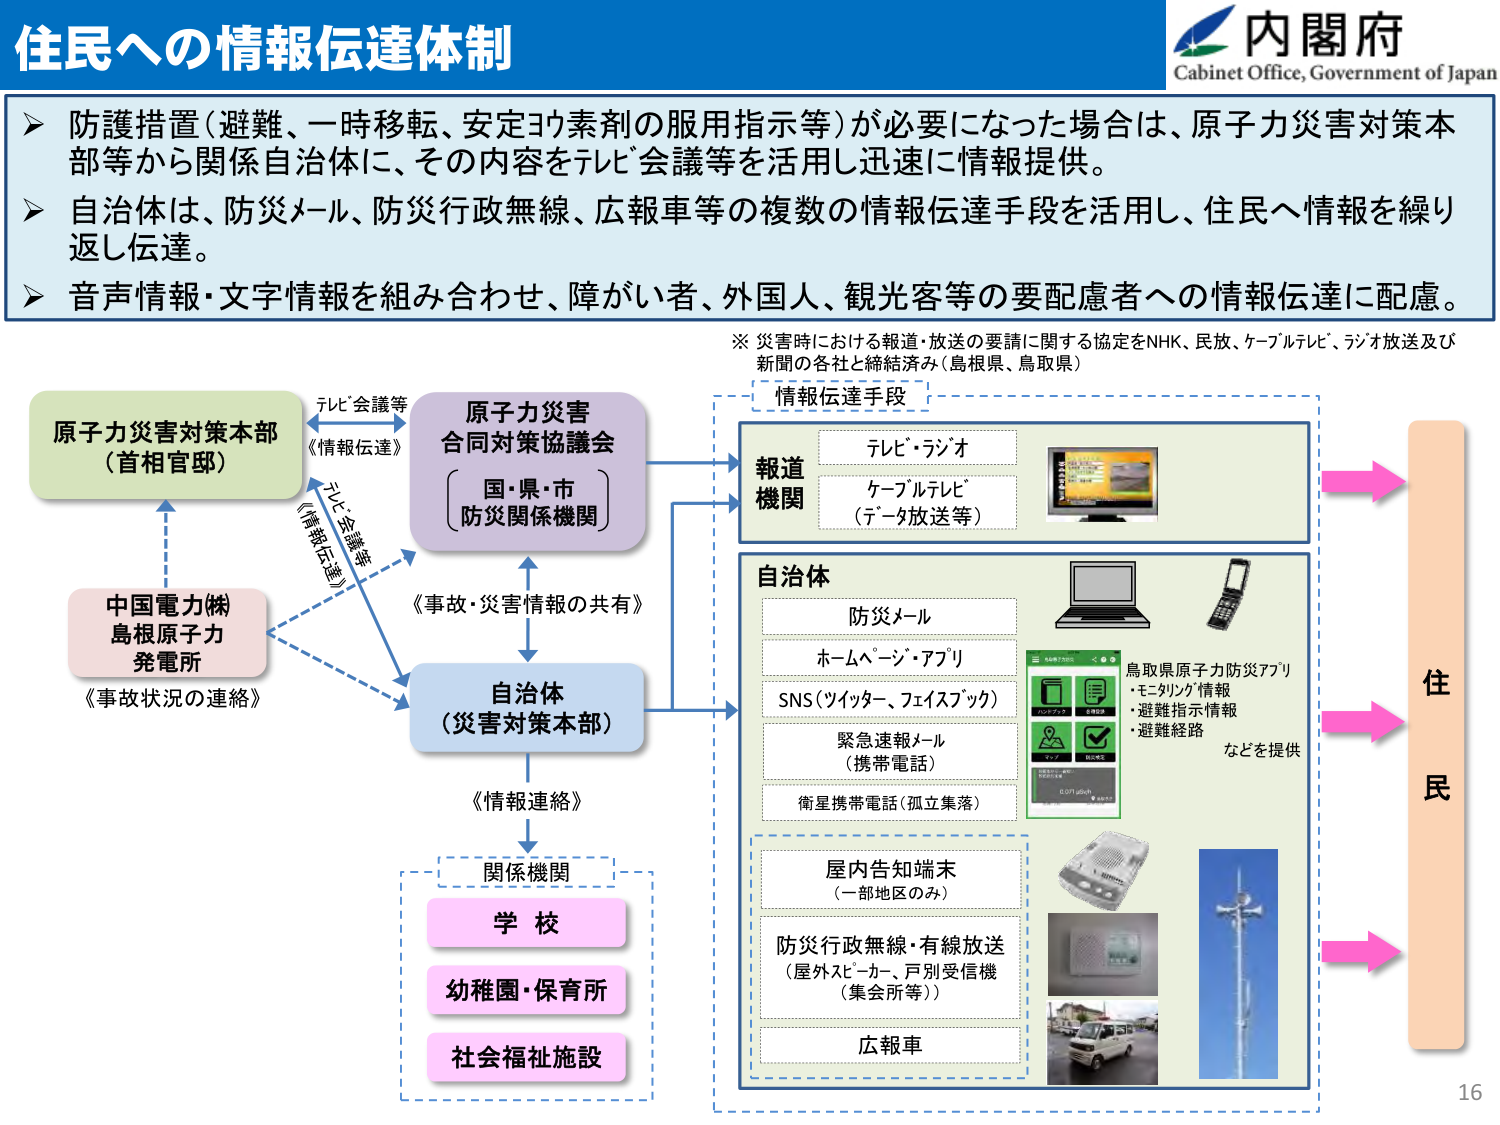
住民への情報伝達体制

内閣府
Cabinet Office, Government of Japan

➤ 防護措置（避難、一時移転、安定ヨウ素剤の服用指示等）が必要になった場合は、原子力災害対策本部等から関係自治体に、その内容をテレビ会議等を活用し迅速に情報提供。
➤ 自治体は、防災メール、防災行政無線、広報車等の複数の情報伝達手段を活用し、住民へ情報を繰り返し伝達。
➤ 音声情報・文字情報を組み合わせ、障がい者、外国人、観光客等の要配慮者への情報伝達に配慮。

※ 災害時における報道・放送の要請に関する協定をNHK、民放、ケーブルテレビ、ラジオ放送及び新聞の各社と締結済み（島根県、鳥取県）

情報伝達手段

原子力災害対策本部
（首相官邸）

テレビ会議等
《情報伝達》

原子力災害
合同対策協議会
（国・県・市）
（防災関係機関）

テレビ・ラジオ
ケーブルテレビ
（データ放送等）

報道
機関

中国電力㈱
島根原子力
発電所
《事故状況の連絡》

テレビ会議等
《情報伝達》

《事故・災害情報の共有》

自治体
（災害対策本部）

《情報連絡》

関係機関

学校
幼稚園・保育所
社会福祉施設

自治体

防災メール
ホームページ・アプリ
SNS（ツイッター、フェイスブック）
緊急速報メール
（携帯電話）
衛星携帯電話（孤立集落）

鳥取県原子力防災アプリ
・モニタリング情報
・避難指示情報
・避難経路
などを提供

屋内告知端末
（一部地区のみ）

防災行政無線・有線放送
（屋外スピーカー、戸別受信機
（集会所等））

広報車

住
民

16